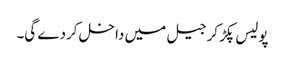
پولیس پکڑ کر جیل میں داخل کردے گی۔